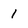
Character: 1